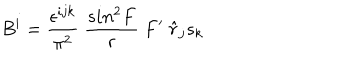
LaTeX: B ^ { i } = \frac { \epsilon ^ { i j k } } { \pi ^ { 2 } } ~ \frac { s i n ^ { 2 } F } { r } ~ F ^ { \prime } ~ { \hat { r } } _ { j } s _ { k }